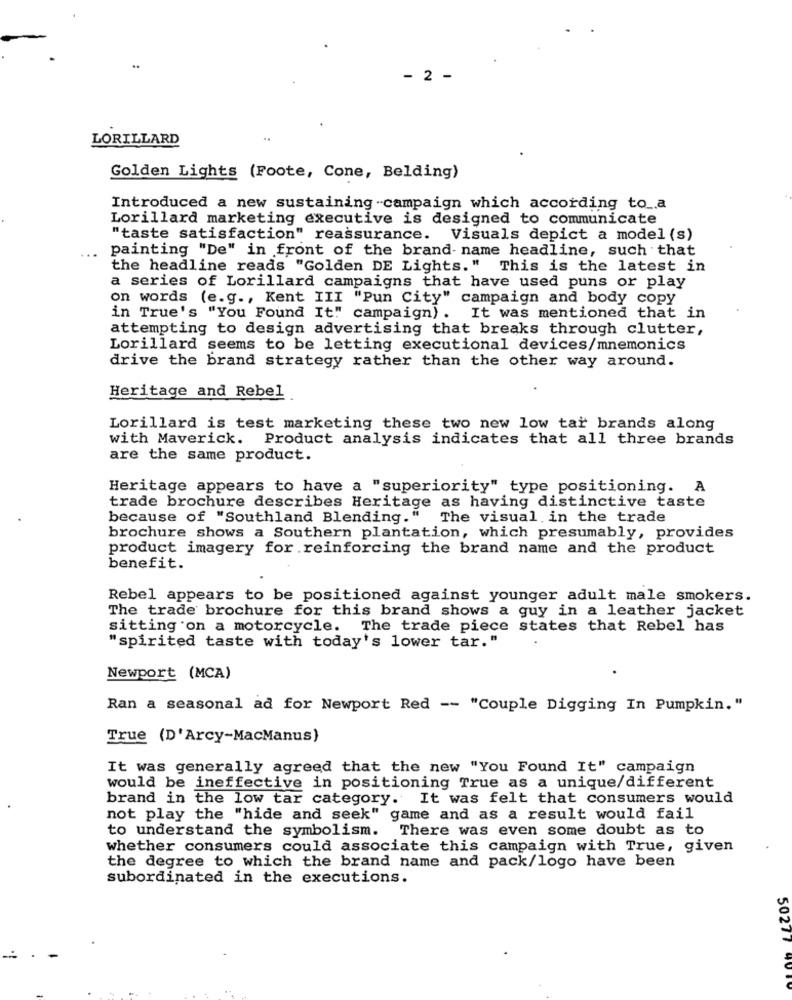
- 2 -
LORILLARD
Golden Lights (Foote, Cone, Belding)
Introduced a new sustaining -campaign which according to_a
Lorillard marketing executive is designed to communicate
"taste satisfaction" reassurance. Visuals depict a model (s)
...
painting "De" in front of the brand- name headline, such that
the headline reads "Golden DE Lights." This is the latest in
a series of Lorillard campaigns that have used puns or play
on words (e.g ., Kent III "Pun City" campaign and body copy
in True's "You Found It" campaign) .
It was mentioned that in
attempting to design advertising that breaks through clutter,
Lorillard seems to be letting executional devices/mnemonics
drive the brand strategy rather than the other way around.
Heritage and Rebel
Lorillard is test marketing these two new low tar brands along
with Maverick. Product analysis indicates that all three brands
are the same product.
Heritage appears to have a "superiority" type positioning. A
trade brochure describes Heritage as having distinctive taste
because of "Southland Blending."
The visual in the trade
brochure shows a Southern plantation, which presumably, provides
product imagery for reinforcing the brand name and the product
benefit.
Rebel appears to be positioned against younger adult male smokers.
The trade brochure for this brand shows a guy in a leather jacket
sitting on a motorcycle. The trade piece states that Rebel has
"spirited taste with today's lower tar."
Newport (MCA)
Ran a seasonal ad for Newport Red -- "Couple Digging In Pumpkin."
True (D'Arcy-MacManus)
It was generally agreed that the new "You Found It" campaign
would be ineffective in positioning True as a unique/different
brand in the low tar category. It was felt that consumers would
not play the "hide and seek" game and as a result would fail
to understand the symbolism. There was even some doubt as to
whether consumers could associate this campaign with True, given
the degree to which the brand name and pack/logo have been
subordinated in the executions.
50277 40